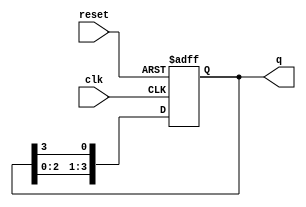
module ring_counter (
    input wire clk,        // Clock input
    input wire reset,      // Asynchronous reset
    output reg [3:0] q     // 4-bit output
);

// Initial state
initial begin
    q = 4'b1000; // Initialize to 1000
end

// Always block triggered on the rising edge of the clock or reset
always @(posedge clk or posedge reset) begin
    if (reset) begin
        q <= 4'b1000; // Reset to initial state
    end else begin
        // Shift the '1' to the right
        q <= {q[2:0], q[3]}; // Feedback from the last flip-flop to the first
    end
end

endmodule